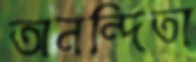
অনন্দিতা